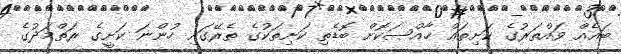
ބައެއް ވައްތަރުގެ ކަށިތައް ޚާއްޞަކޮށް ބޮޑެތި ކަށިތަކުގެ ތެރޭގައި ހުންނަ ކަށީގެ ރަތްމަދުގެ